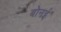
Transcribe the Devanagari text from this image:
बोनई